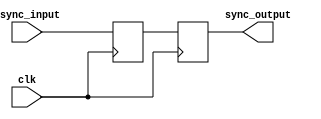
module synchronizer (
  input wire async_input, // asynchronous input signal
  input wire clk,         // system clock signal
  output reg sync_output  // synchronized output signal
);

reg flop1;
reg flop2;

always @(posedge clk) begin
  flop1 <= async_input;
  flop2 <= flop1;
end

assign sync_output = flop2;

endmodule